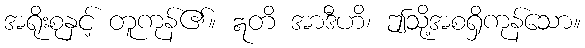
အရိုးစုနှင့် တူကုန်၏။ ဣတိ အာဒီဟိ၊ ဤသို့အစရှိကုန်သော။